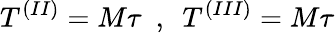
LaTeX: T^{(II)}=M\tau~~,~~T^{(III)}=M\tau